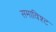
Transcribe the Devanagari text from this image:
समाविश्ट